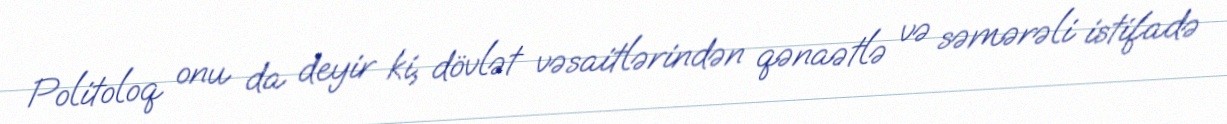
Politoloq onu da deyir ki, dövlət vəsaitlərindən qənaətlə və səmərəli istifadə